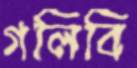
গলিবি